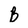
Character: B